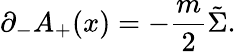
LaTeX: {\partial}_{-}A_{+}(x)=-\frac{m}{2}\tilde{\Sigma}.